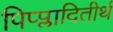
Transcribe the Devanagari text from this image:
पिप्प्लादितीर्थ